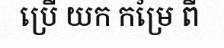
ប្រើ យក កម្រៃ ពី